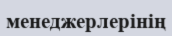
менеджерлерінің